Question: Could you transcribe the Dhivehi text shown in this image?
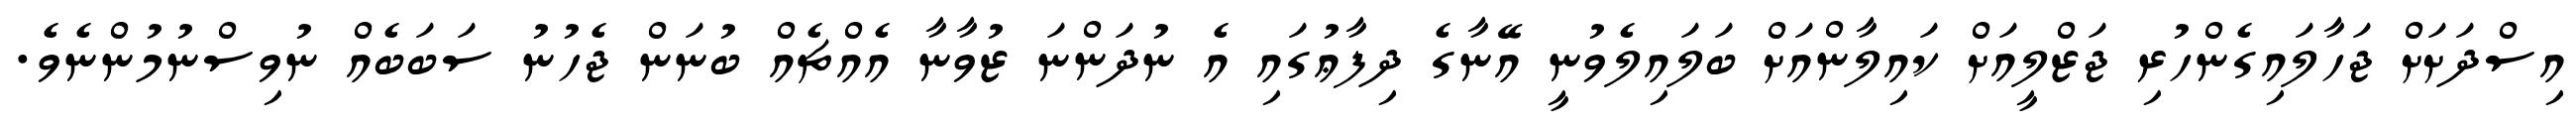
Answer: އިސްދަށަށް ޖަހާލައިގެންހުރި ޖަޒްލީއަށް ކައިލާންއަށް ބަލައިލެވުނީ އޭނާގެ ދިފާޢުގައި އެ ނުދަންނަ ޒުވާނާ އެއްޗެއް ބުނަން ޖެހުނު ސަބަބެއް ނުވިސްނުމުންނެވެ.